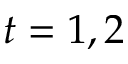
t = 1 , 2